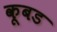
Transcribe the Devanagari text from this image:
कूबड